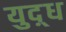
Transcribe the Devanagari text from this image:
युद़्ध